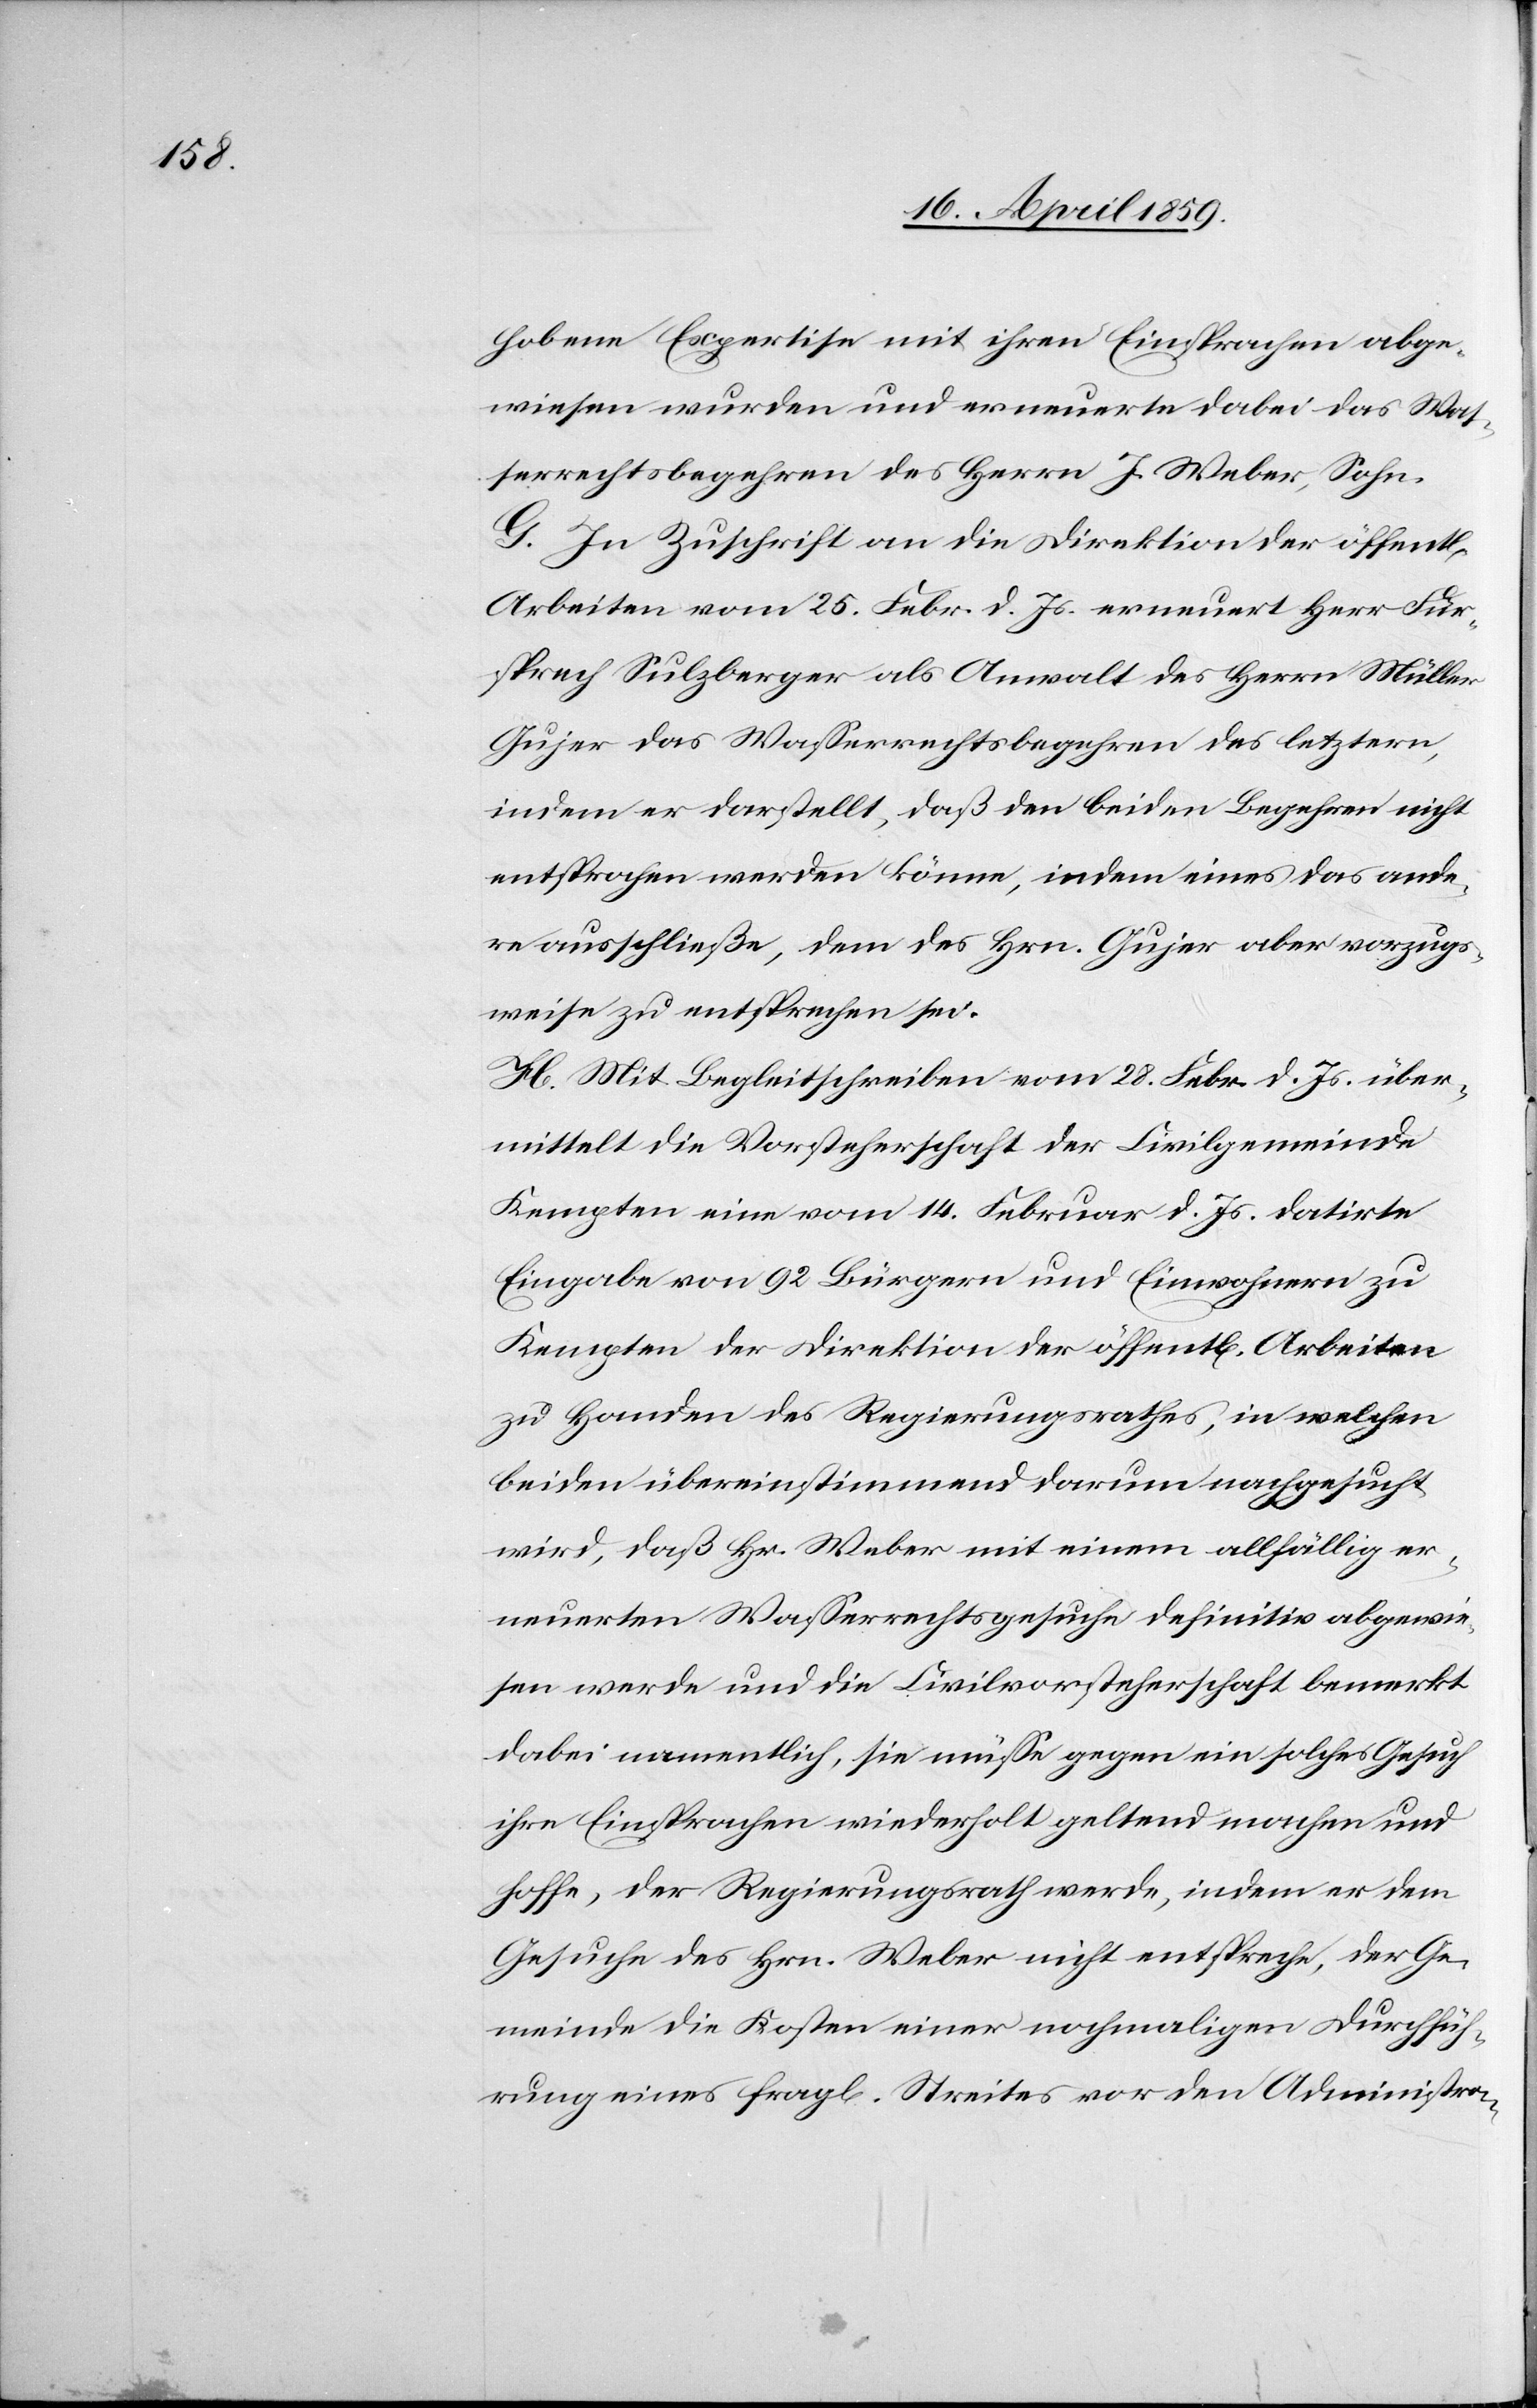
lichen

hobene Expertise mit ihren Einsprachen abge¬
wiesen wurden und erneuerte dabei das Was¬
serrechtsbegehren des Herrn J. Weber, Sohn.
G. In Zuschrift an die Direktion der öffent¬
Arbeiten vom 25. Febr. d. Js. erneuert Herr Für¬
sprech Sulzberger als Anwalt des Herrn Müller
Gujer das Waßerrechtsbegehren des letztern,
indem er darstellt, daß den beiden Begehren nicht
entsprochen werden könne, indem eines das ande¬
re ausschließe, dem des Hrn. Gujer aber vorzugs¬
weise zu entsprechen sei.
H. Mit Begleitschreiben vom 28. Febr. d. Js. über¬
mittelt die Vorsteherschaft der Civilgemeinde
Kempten eine vom 14. Februar d. Js. datirte
Eingabe von 92 Bürgern und Einwohnern zu
Kempten der Direktion der öffentl[ichen] Arbeiten
zu Handen des Regierungsrathes, in welchen
beiden übereinstimmend darum nachgesucht
wird, daß Hr. Weber mit einem allfällig er¬
neuerten Waßerrechtsgesuche definitiv abgewie¬
sen werde und die Civilvorsteherschaft bemerkt
dabei namentlich, sie müße gegen ein solches Gesuch
ihre Einsprachen wiederholt geltend machen und
hoffe, der Regierungsrath werde, indem er dem
Gesuche des Hrn. Weber nicht entspreche, der Ge¬
meinde die Kosten einer nochmaligen Durchfüh¬
rung eines fragl. Streites vor den Administra-